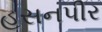
હસનપીર